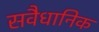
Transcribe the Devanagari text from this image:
सवैधानिक